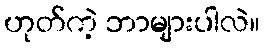
ဟုတ်ကဲ့ ဘာများပါလဲ။